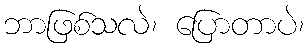
ဘာဖြစ်သလဲ၊ ပြောတာပဲ၊